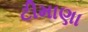
ટીમાણા